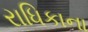
રાધિકાના